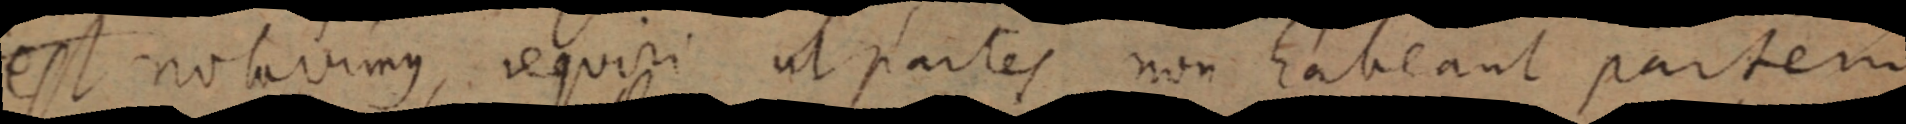
est notavimus, requiri ut partes non habeant partem